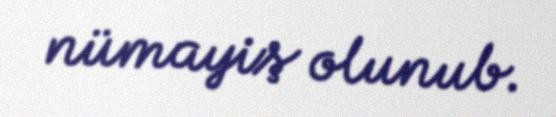
nümayiş olunub.